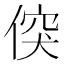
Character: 𠊲